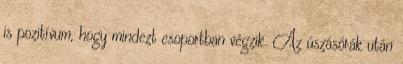
is pozitívum, hogy mindezt csoportban végzik. Az úszásórák után